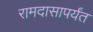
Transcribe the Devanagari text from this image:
रामदासापर्यंत